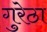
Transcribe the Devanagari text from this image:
गुरेठा